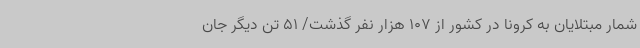
شمار مبتلایان به کرونا در کشور از 107 هزار نفر گذشت/ 51 تن دیگر جان